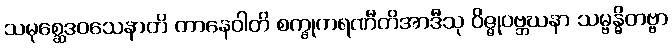
သမုစ္ဆေဒဝသေနာတိ တာနေဝါတိ စက္ခုကရဏီတိအာဒီသု ဝိဇ္ဇုဝဗ္ဘဃနာ သမ္ဗန္ဓိတဗ္ဗာ